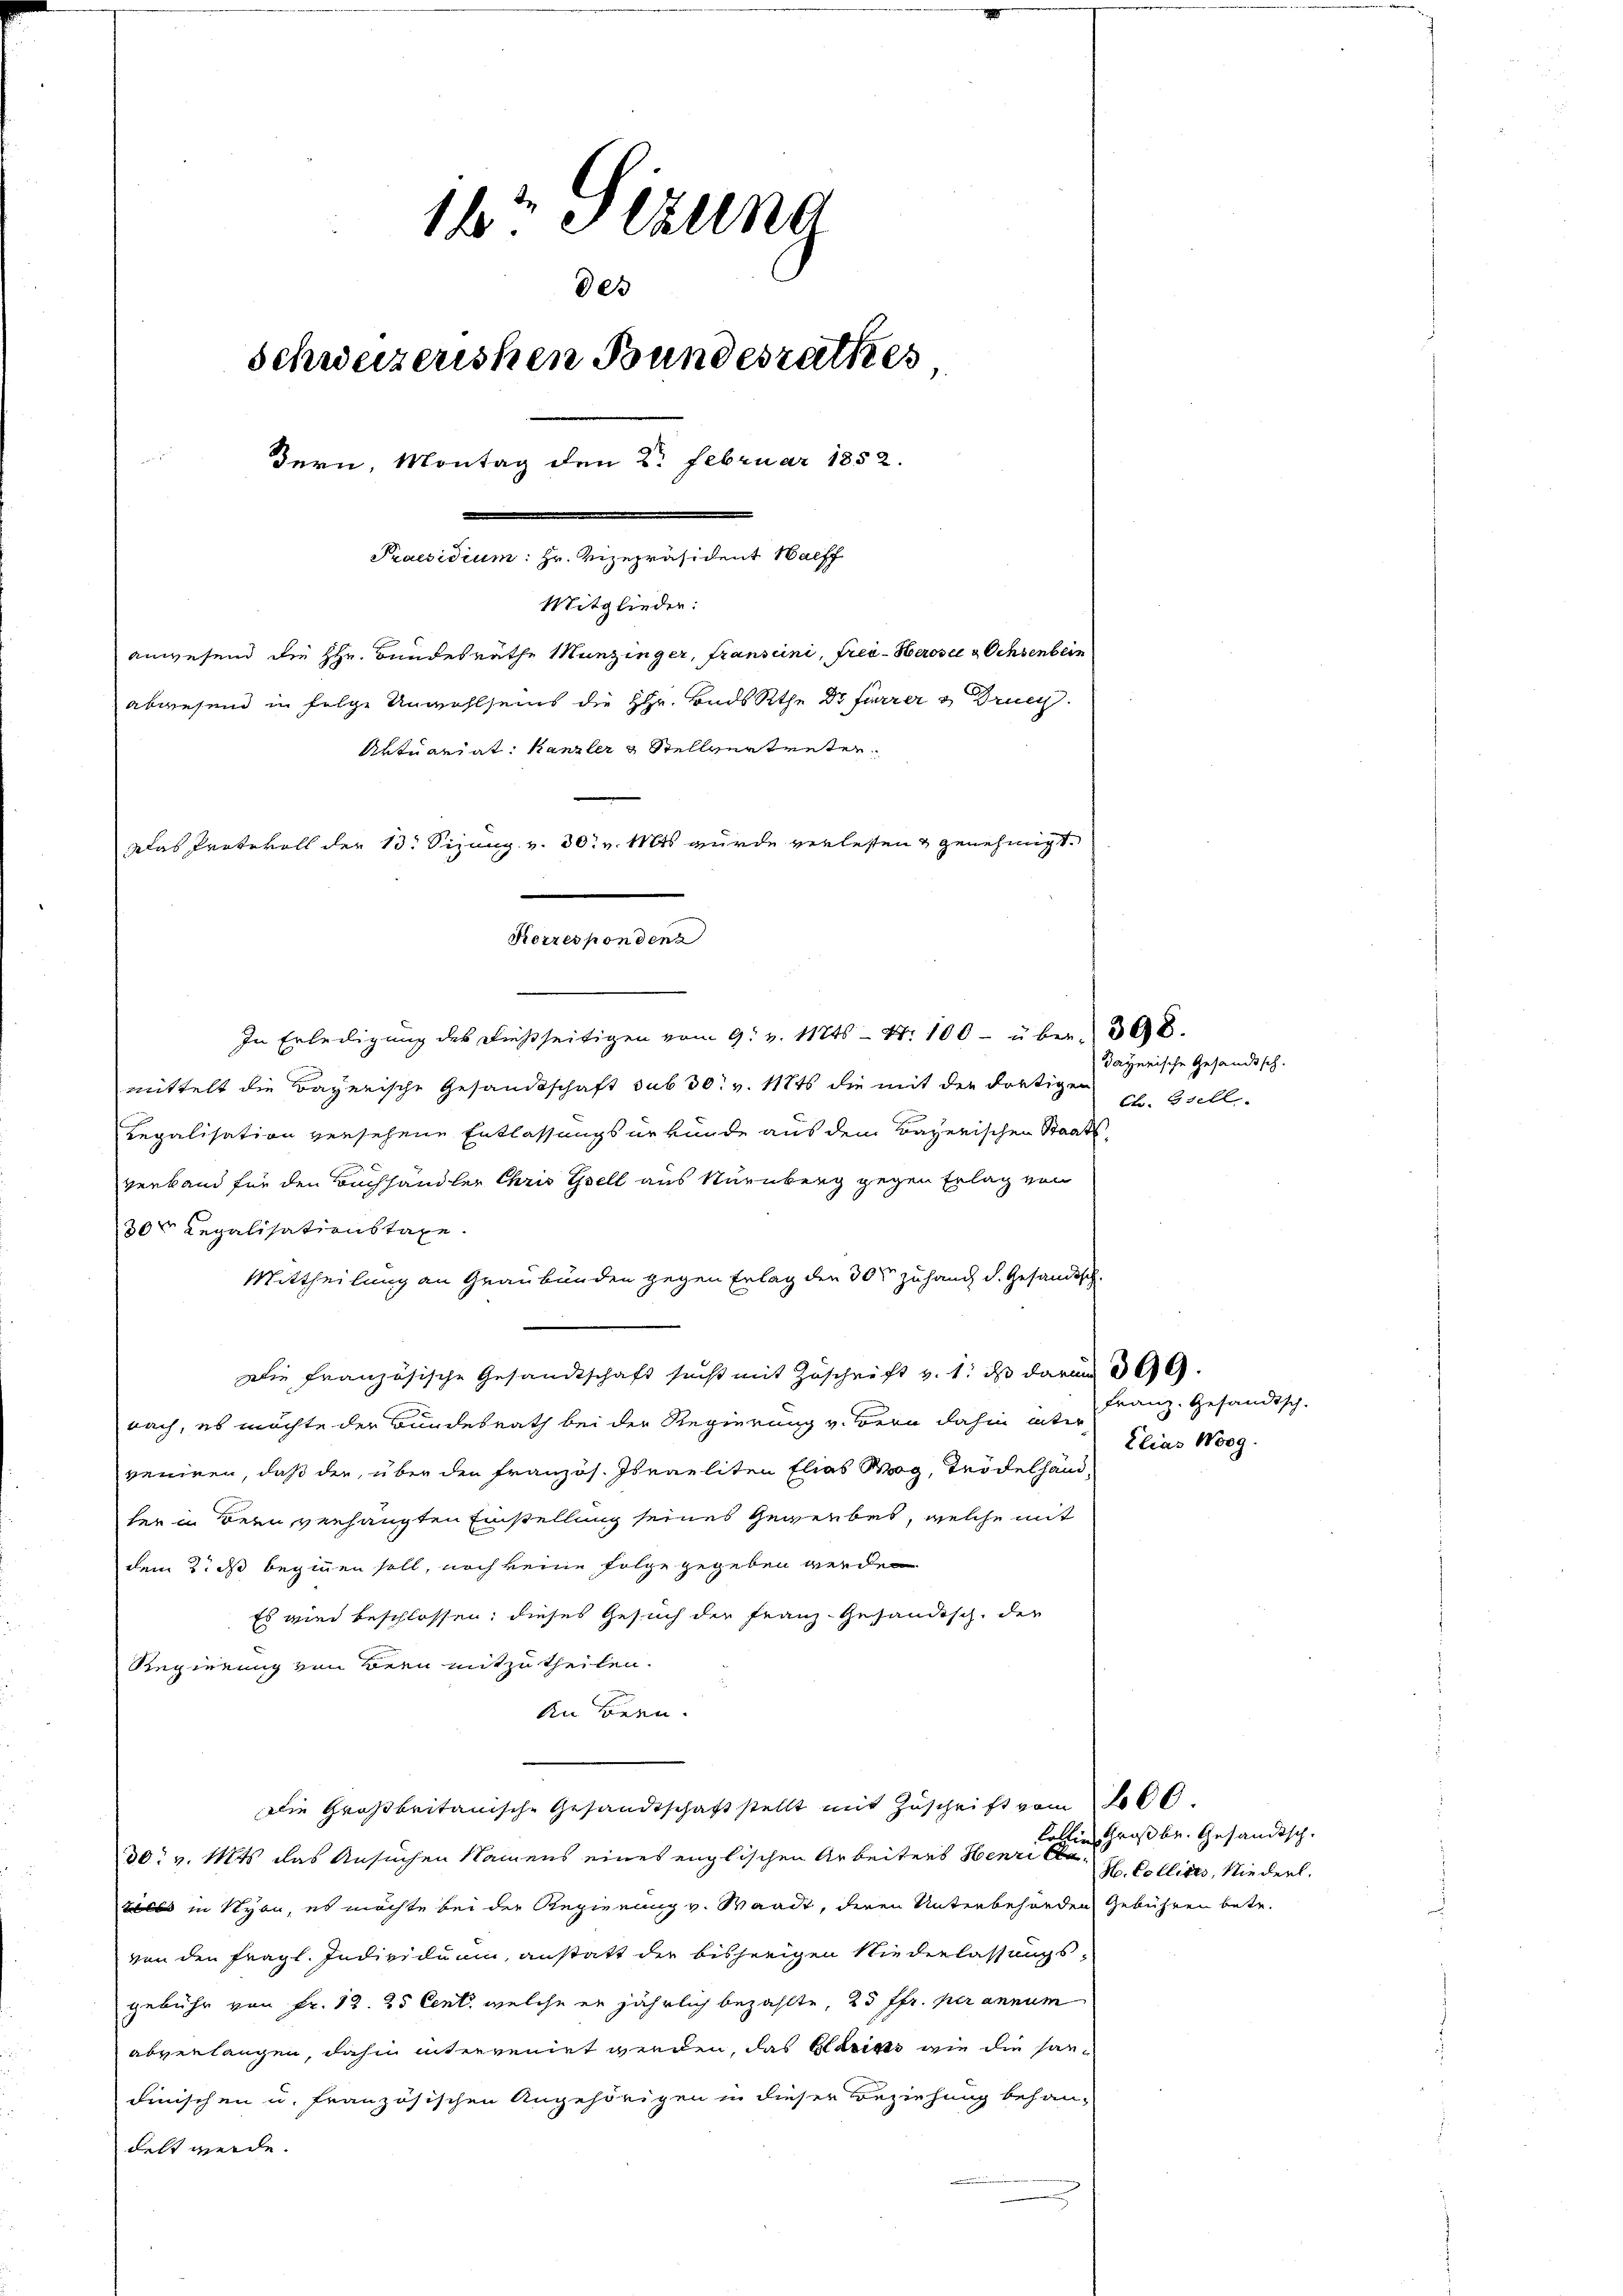
18t Jezung
des
Schweizerischen Bundesrathes
Bern, Montag den 2. Februar 1852.
Praesidium: Hr. Vizepräsident Halff
Mitglieder:
anwesend die Hr. Bundesräthe Munzinger, fransini, Frei-Herose & Ochsenbein
abwesend in Folge Unwohlseins die Hr. Bads Rthe Dr Furrer & Druck
Aktuariat. Kanzler & Stellvertreten
Das Protokoll der 13. Sizung v. 30. v. Mts wurde verlesen & genehmigt.

In Erledigung des dießseitigen vom 9. v. 11245- Nr. 100 - über 308.
mittelt die Bayerische Gesandtschaft sub 30. v. 1816 die mit der dortigen
Legalisation versehene Entlassungsurkunde aus dem Bayerischen Staats-
verband für den Buchhändler Chris Gsell aus Nürnberg gegen Erlag von
30t Legalisationstaxe.
Mittheilung an Graubünden gegen Erlag den 30ten zuhang d. Gesandtsch.
m
Die Französische Gesandtschaft sucht mit Zuschrift v. 1. ds darum 30.
nach, es möchte der Bundesrath bei der Regierung v. Bern dahin ins Franz. Gesandtsch-
veniren, daß der über den französ. Israeliten Elias Wog, Trödelhand-
her in Bern, verhängten Einstellung seines Gewerbes, welche mit
dem 2. ds beginnen soll, noch keine Folge gegeben werden
Es wie beschlossen; dieses Gesuch der Franz-Gesändisch, der
Regierung von Bern mitzutheilen.
An Bern.
Die Großbritanische Gesandtschaft stellt mit Zŭschrift vom 2000.
30. v. Mts. das Ansuchen Namens eines englischen Arbeiters Henri belb in Nyon, es möchte bei der Regierung v. Waadt, deren Unterbehörden Gebühren betr.
von den fragl. Individuum, anstatt der bisherigen Niederlassungs-
gebühr von Fr. 13. 25 Cent, welche er jährlich bezahlte, 25 ffr. per annum
abverlangen, dahin intervenirt werden, das Eldriss wie die san¬
Finischen u. französischen Angehörigen in dieser Beziehung behan-
delt werde.

Korresponden

dayerische Gesandtsch.
Ch. Stell

Elias Worg.

Collien Großbr. Gesandtsch.
H. Collires, Niederl.